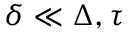
\delta \ll \Delta , \tau